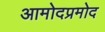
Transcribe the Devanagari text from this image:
आमोदप्रमोद